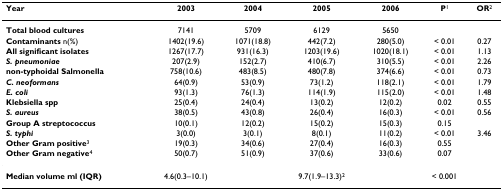
<table><thead><tr><td><b>Year</b></td><td><b>2003</b></td><td><b>2004</b></td><td><b>2005</b></td><td><b>2006</b></td><td><b>P<sup>1</sup></b></td><td><b>OR<sup>2</sup></b></td></tr></thead><tbody><tr><td><b>Total blood cultures</b></td><td>7141</td><td>5709</td><td>6129</td><td>5650</td><td></td><td></td></tr><tr><td><b>Contaminants </b>n(%)</td><td>1402(19.6)</td><td>1071(18.8)</td><td>442(7.2)</td><td>280(5.0)</td><td>&lt; 0.01</td><td>0.27</td></tr><tr><td><b>All significant isolates</b></td><td>1267(17.7)</td><td>931(16.3)</td><td>1203(19.6)</td><td>1020(18.1)</td><td>&lt; 0.01</td><td>1.13</td></tr><tr><td><b><i>S. pneumoniae</i></b></td><td>207(2.9)</td><td>152(2.7)</td><td>410(6.7)</td><td>310(5.5)</td><td>&lt; 0.01</td><td>2.26</td></tr><tr><td><b>non-typhoidal Salmonella</b></td><td>758(10.6)</td><td>483(8.5)</td><td>480(7.8)</td><td>374(6.6)</td><td>&lt; 0.01</td><td>0.73</td></tr><tr><td><b><i>C. neoformans</i></b></td><td>64(0.9)</td><td>53(0.9)</td><td>73(1.2)</td><td>118(2.1)</td><td>&lt; 0.01</td><td>1.79</td></tr><tr><td><b><i>E. coli</i></b></td><td>93(1.3)</td><td>76(1.3)</td><td>114(1.9)</td><td>115(2.0)</td><td>&lt; 0.01</td><td>1.48</td></tr><tr><td><b>Klebsiella spp</b></td><td>25(0.4)</td><td>24(0.4)</td><td>13(0.2)</td><td>12(0.2)</td><td>0.02</td><td>0.55</td></tr><tr><td><b><i>S. aureus</i></b></td><td>38(0.5)</td><td>43(0.8)</td><td>26(0.4)</td><td>16(0.3)</td><td>&lt; 0.01</td><td>0.56</td></tr><tr><td><b>Group A streptococcus</b></td><td>10(0.1)</td><td>12(0.2)</td><td>15(0.2)</td><td>15(0.3)</td><td>0.15</td><td></td></tr><tr><td><b><i>S. typhi</i></b></td><td>3(0.0)</td><td>3(0.1)</td><td>8(0.1)</td><td>11(0.2)</td><td>&lt; 0.01</td><td>3.46</td></tr><tr><td><b>Other Gram positive</b><sup>3</sup></td><td>19(0.3)</td><td>34(0.6)</td><td>27(0.4)</td><td>16(0.3)</td><td>0.55</td><td></td></tr><tr><td><b>Other Gram negative</b><sup>4</sup></td><td>50(0.7)</td><td>51(0.9)</td><td>37(0.6)</td><td>33(0.6)</td><td>0.07</td><td></td></tr><tr><td><b>Median volume ml (IQR)</b></td><td>4.6(0.3–10.1)</td><td></td><td>9.7(1.9–13.3)<sup>2</sup></td><td></td><td>&lt; 0.001</td><td></td></tr></tbody></table>